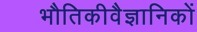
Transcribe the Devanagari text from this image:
भौतिकीवैज्ञानिकों